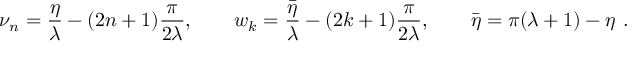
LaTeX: \nu _ { n } = \frac { \eta } { \lambda } - ( 2 n + 1 ) \frac { \pi } { 2 \lambda } , \qquad w _ { k } = \frac { \bar { \eta } } { \lambda } - ( 2 k + 1 ) \frac { \pi } { 2 \lambda } , \qquad \bar { \eta } = \pi ( \lambda + 1 ) - \eta \ .